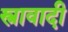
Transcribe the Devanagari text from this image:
स्त्रावादी